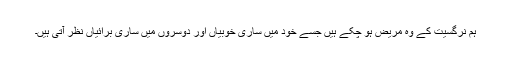
ہم نرگسیت کے وہ مریض ہو چکے ہیں جسے خود میں ساری خوبیاں اور دوسروں میں ساری برائیاں نظر آتی ہیں۔